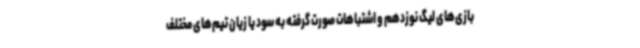
بازی‌های لیگ نوزدهم و اشتباهات صورت گرفته به سود یا زیان تیم‌های مختلف